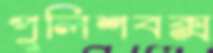
পুলিশবক্স